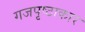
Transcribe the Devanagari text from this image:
गजपृष्ठाकार